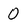
Character: 0